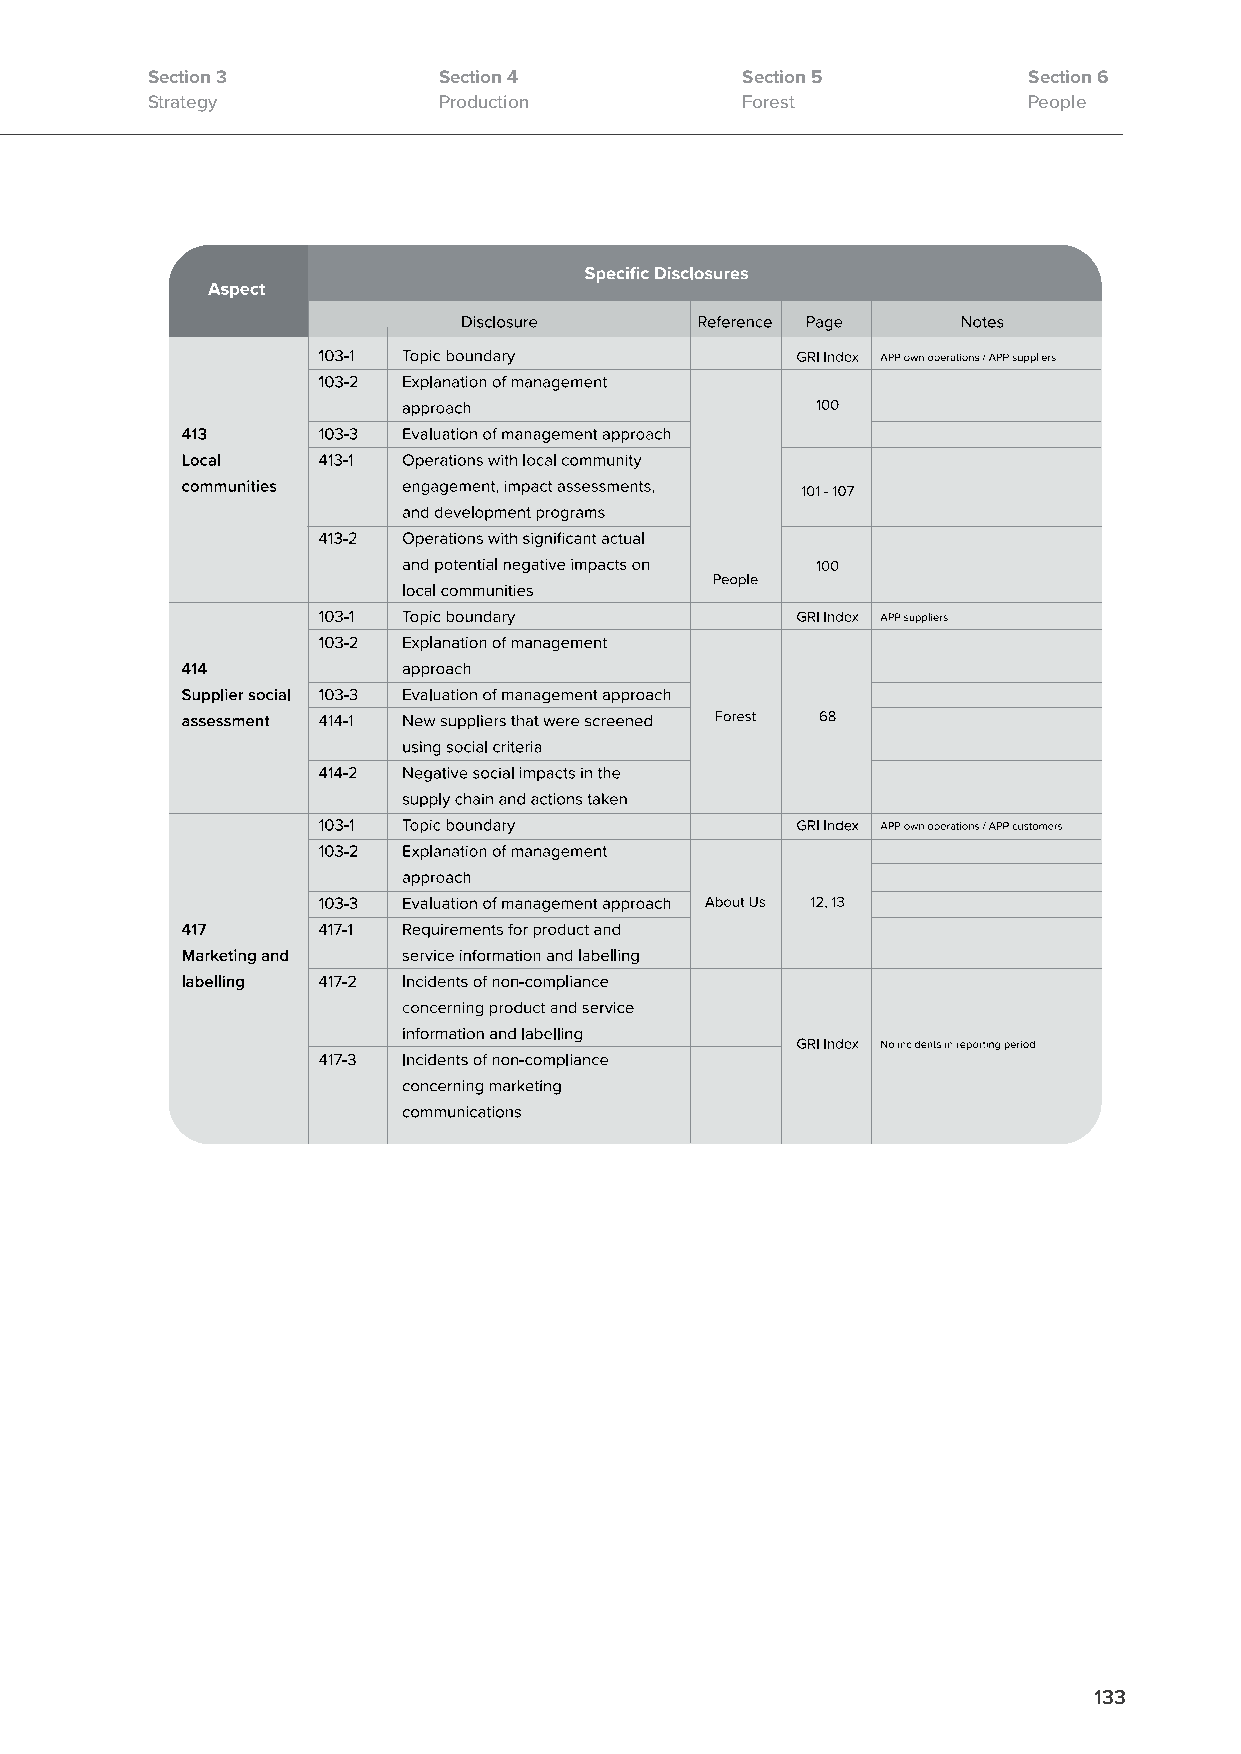
Section 3          Section 4           Section 5          Section 6
 Strategy           Production          Forest             People
 133